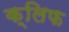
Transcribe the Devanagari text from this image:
क्‍लिफ